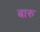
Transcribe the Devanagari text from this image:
बारु